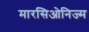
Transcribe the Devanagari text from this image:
मारसिओनिज्म